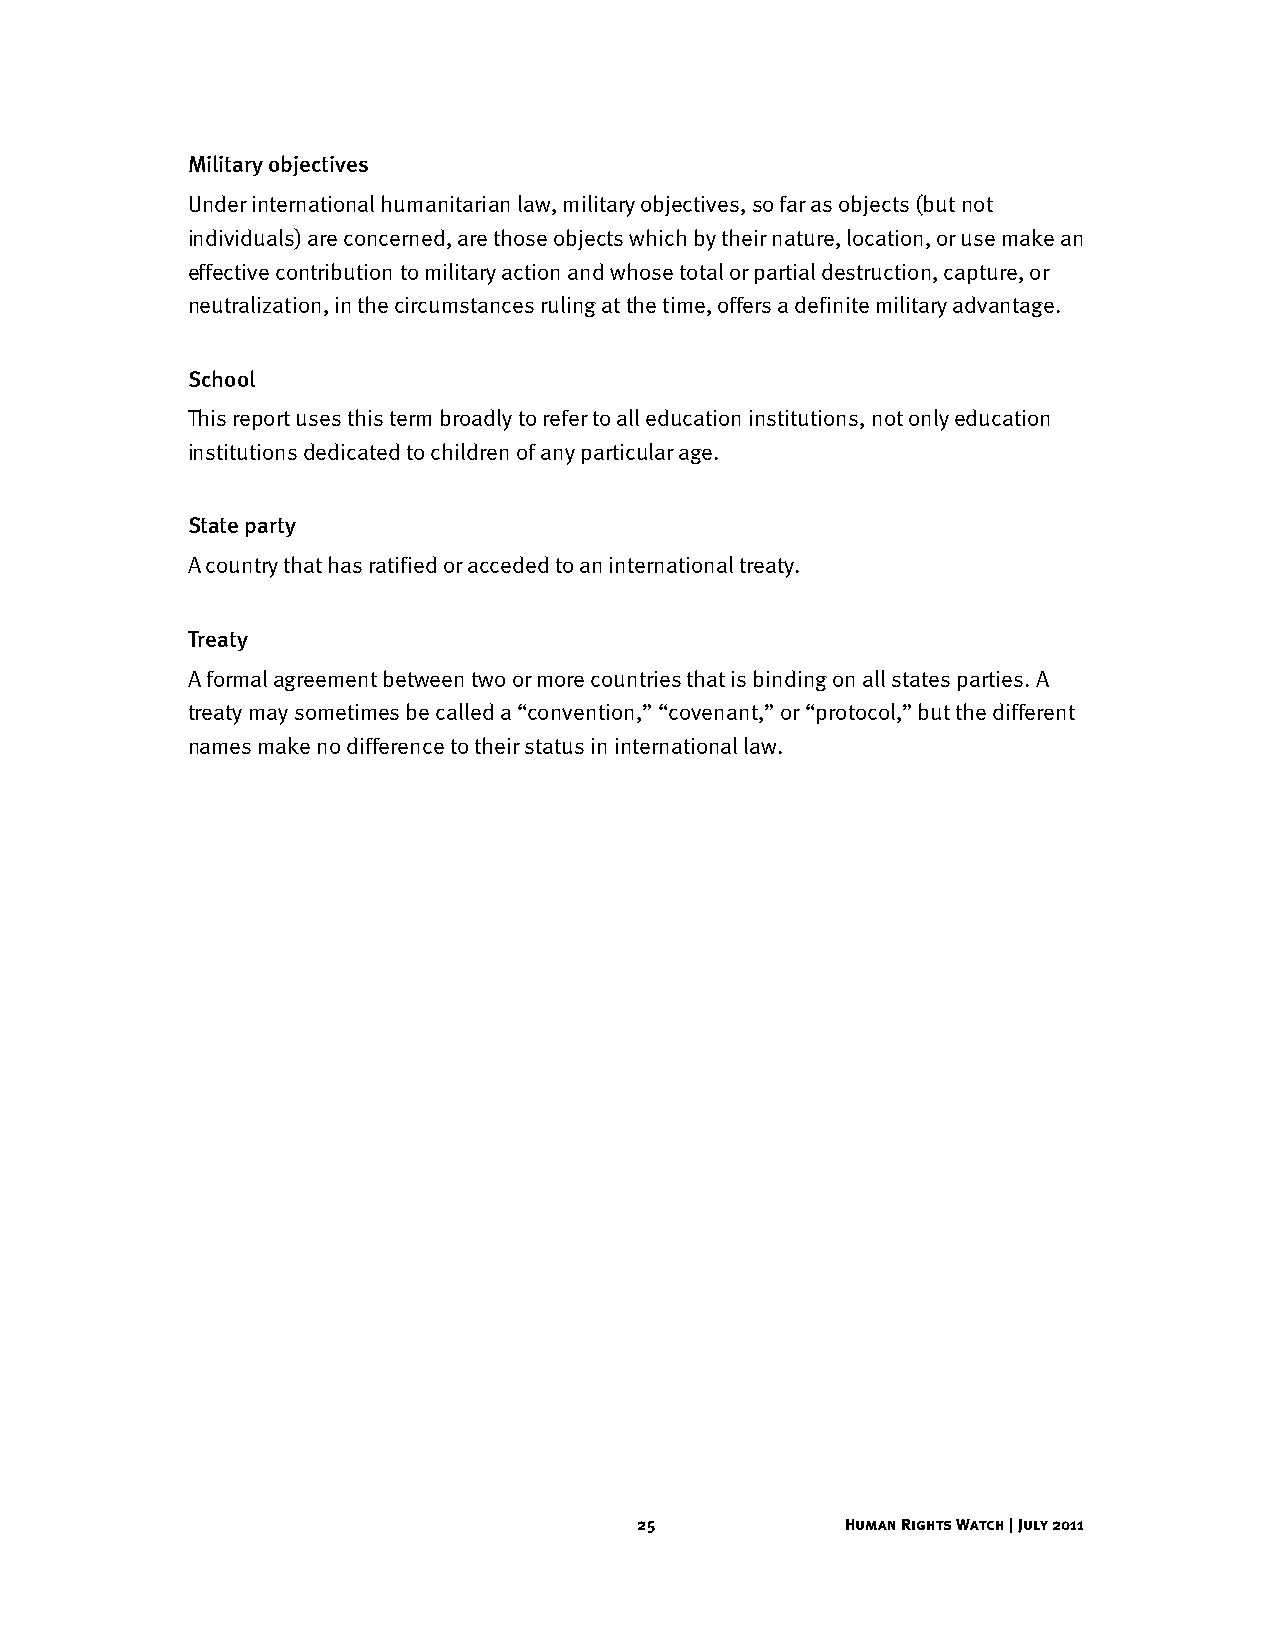
Military objectives
 Under international humanitarian law, military objectives, so far as objects (but not
 individuals) are concerned, are those objects which by their nature, location, or use make an
 effective contribution to military action and whose total or partial destruction, capture, or
 neutralization, in the circumstances ruling at the time, offers a definite military advantage.
 School
 This report uses this term broadly to refer to all education institutions, not only education
 institutions dedicated to children of any particular age.
 State party
 A country that has ratified or acceded to an international treaty.
 Treaty
 A formal agreement between two or more countries that is binding on all states parties. A
 treaty may sometimes be called a “convention,” “covenant,” or “protocol,” but the different
 names make no difference to their status in international law.
 25            Human Rights Watch | July 2011